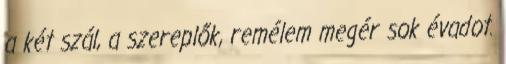
a két szál, a szereplők, remélem megér sok évadot.